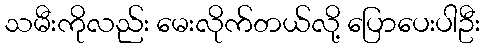
သမီးကိုလည်း မေးလိုက်တယ်လို့ ပြောပေးပါဦး